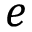
e